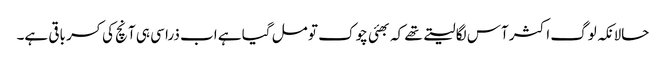
حالانکہ لوگ اکثر آس لگا لیتے تھے کہ بھئی چوک تو مل گیا ہے اب ذرا سی ہی آنچ کی کسر باقی ہے۔